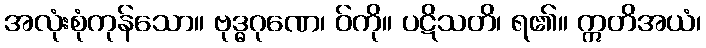
အလုံးစုံကုန်သော။ ဗုဒ္ဓဂုဏေ၊ ဝ်ကို။ ပဋိသတိ၊ ရ၏။ ဣတိအယံ၊